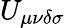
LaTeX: U_{\mu\nu\delta\sigma}